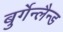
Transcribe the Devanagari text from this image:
बुर्गेन्लैन्ड